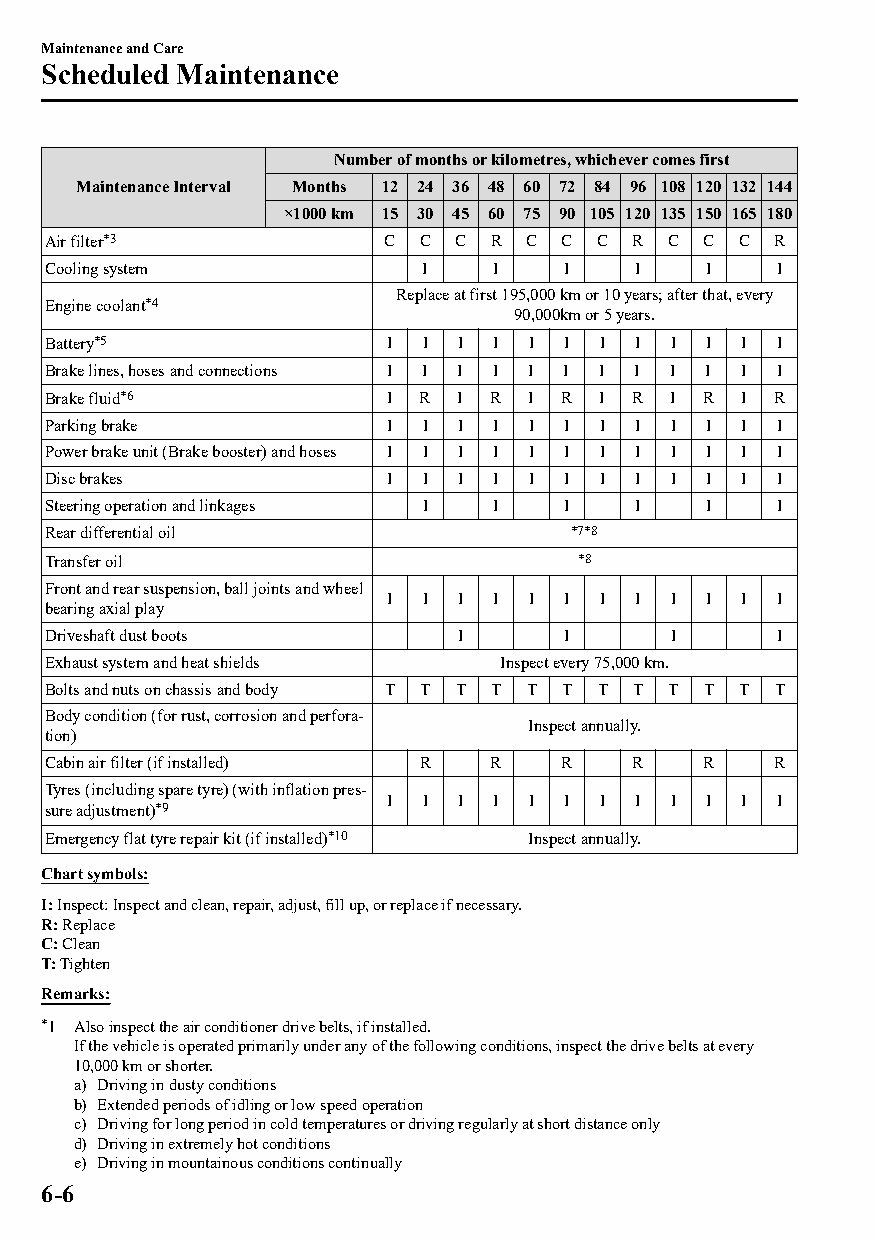
Maintenance and Care
 Scheduled Maintenance
 Number of months or kilometres, whichever comes first
 Maintenance Interval Months 12 24 36 48 60 72 84 96 108 120 132 144
 ×1000 km 15 30 45 60 75 90 105 120 135 150 165 180
 Air filter*3          C  C C R  C C C  R C C  C R
 Cooling system           I   I    I    I   I    I
 Replace at first 195,000 km or 10 years; after that, every
 Engine coolant*4
 90,000km or 5 years.
 Battery*5             I  I I I  I I I  I I I  I I
 Brake lines, hoses and connections I I I I I I I I I I I I
 Brake fluid*6         I  R I R  I R I  R I R  I R
 Parking brake         I  I I I  I I I  I I I  I I
 Power brake unit (Brake booster) and hoses I I I I I I I I I I I I
 Disc brakes           I  I I I  I I I  I I I  I I
 Steering operation and linkages I I I  I   I    I
 Rear differential oil              *7*8
 Transfer oil                       *8
 Front and rear suspension, ball joints and wheel
 I  I I I  I I I  I I I  I I
 bearing axial play
 Driveshaft dust boots      I      I      I      I
 Exhaust system and heat shields Inspect every 75,000 km.
 Bolts and nuts on chassis and body T T T T T T T T T T T T
 Body condition (for rust, corrosion and perfora‐
 Inspect annually.
 tion)
 Cabin air filter (if installed) R R R  R   R    R
 Tyres (including spare tyre) (with inflation pres‐
 I  I I I  I I I  I I I  I I
 sure adjustment)*9
 Emergency flat tyre repair kit (if installed)*10 Inspect annually.
 Chart symbols:
 I: Inspect: Inspect and clean, repair, adjust, fill up, or replace if necessary.
 R: Replace
 C: Clean
 T: Tighten
 Remarks:
 *1 Also inspect the air conditioner drive belts, if installed.
 If the vehicle is operated primarily under any of the following conditions, inspect the drive belts at every
 10,000 km or shorter.
 a) Driving in dusty conditions
 b) Extended periods of idling or low speed operation
 c) Driving for long period in cold temperatures or driving regularly at short distance only
 d) Driving in extremely hot conditions
 e) Driving in mountainous conditions continually
 6-6
 CX-3_8GT4-EE-18D_Edition4                  2018-9-6 18:32:19